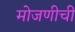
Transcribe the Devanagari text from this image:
मोजणीची